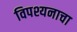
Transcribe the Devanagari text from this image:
विपश्यनाचा